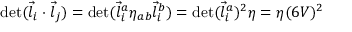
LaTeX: \operatorname * { d e t } ( \vec { l } _ { i } \cdot \vec { l } _ { j } ) = \operatorname * { d e t } ( \vec { l } _ { i } ^ { a } \eta _ { a b } \vec { l } _ { i } ^ { b } ) = \operatorname * { d e t } ( \vec { l } _ { i } ^ { a } ) ^ { 2 } \eta = \eta ( 6 V ) ^ { 2 }